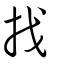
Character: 找